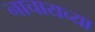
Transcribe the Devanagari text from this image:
नाचायच्या